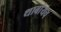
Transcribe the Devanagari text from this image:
थाबांयच